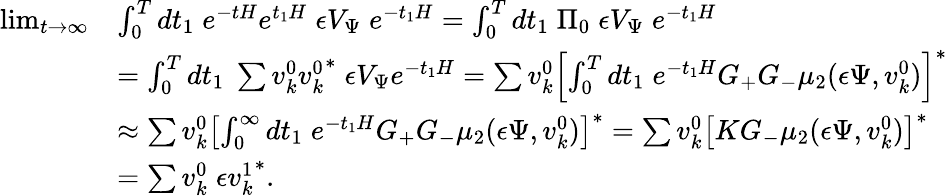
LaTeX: \begin{array}{rl}{\operatorname*{lim}_{t\to\infty}}&{\int_{0}^{T}dt_{1}\; e^{-tH}e^{t_{1}H}\; {\epsilon}V_{\Psi}\; e^{-t_{1}H}=\int_{0}^{T}dt_{1}\; \Pi_{0}\; {\epsilon}V_{\Psi}\; e^{-t_{1}H}}\\ &{=\int_{0}^{T}dt_{1}\; \sum v_{k}^{0}{v_{k}^{0}}^{\ast}\; {\epsilon}V_{\Psi}e^{-t_{1}H}=\sum v_{k}^{0}\left[\int_{0}^{T}dt_{1}\; e^{-t_{1}H}G_{+}G_{-}\mu_{2}({\epsilon}\Psi,v_{k}^{0})\right]^{\ast}}\\ &{\approx\sum v_{k}^{0}\left[\int_{0}^{\infty}dt_{1}\; e^{-t_{1}H}G_{+}G_{-}\mu_{2}({\epsilon}\Psi,v_{k}^{0})\right]^{\ast}=\sum v_{k}^{0}\left[KG_{-}\mu_{2}({\epsilon}\Psi,v_{k}^{0})\right]^{\ast}}\\ &{=\sum v_{k}^{0}\; {{\epsilon}v_{k}^{1}}^{\ast}.}\end{array}